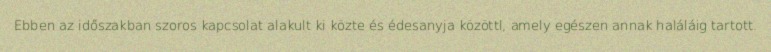
Ebben az időszakban szoros kapcsolat alakult ki közte és édesanyja közöttl, amely egészen annak haláláig tartott.